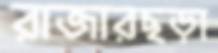
রাজারছড়া